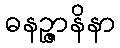
ဓနဉ္ဇာနိနာ